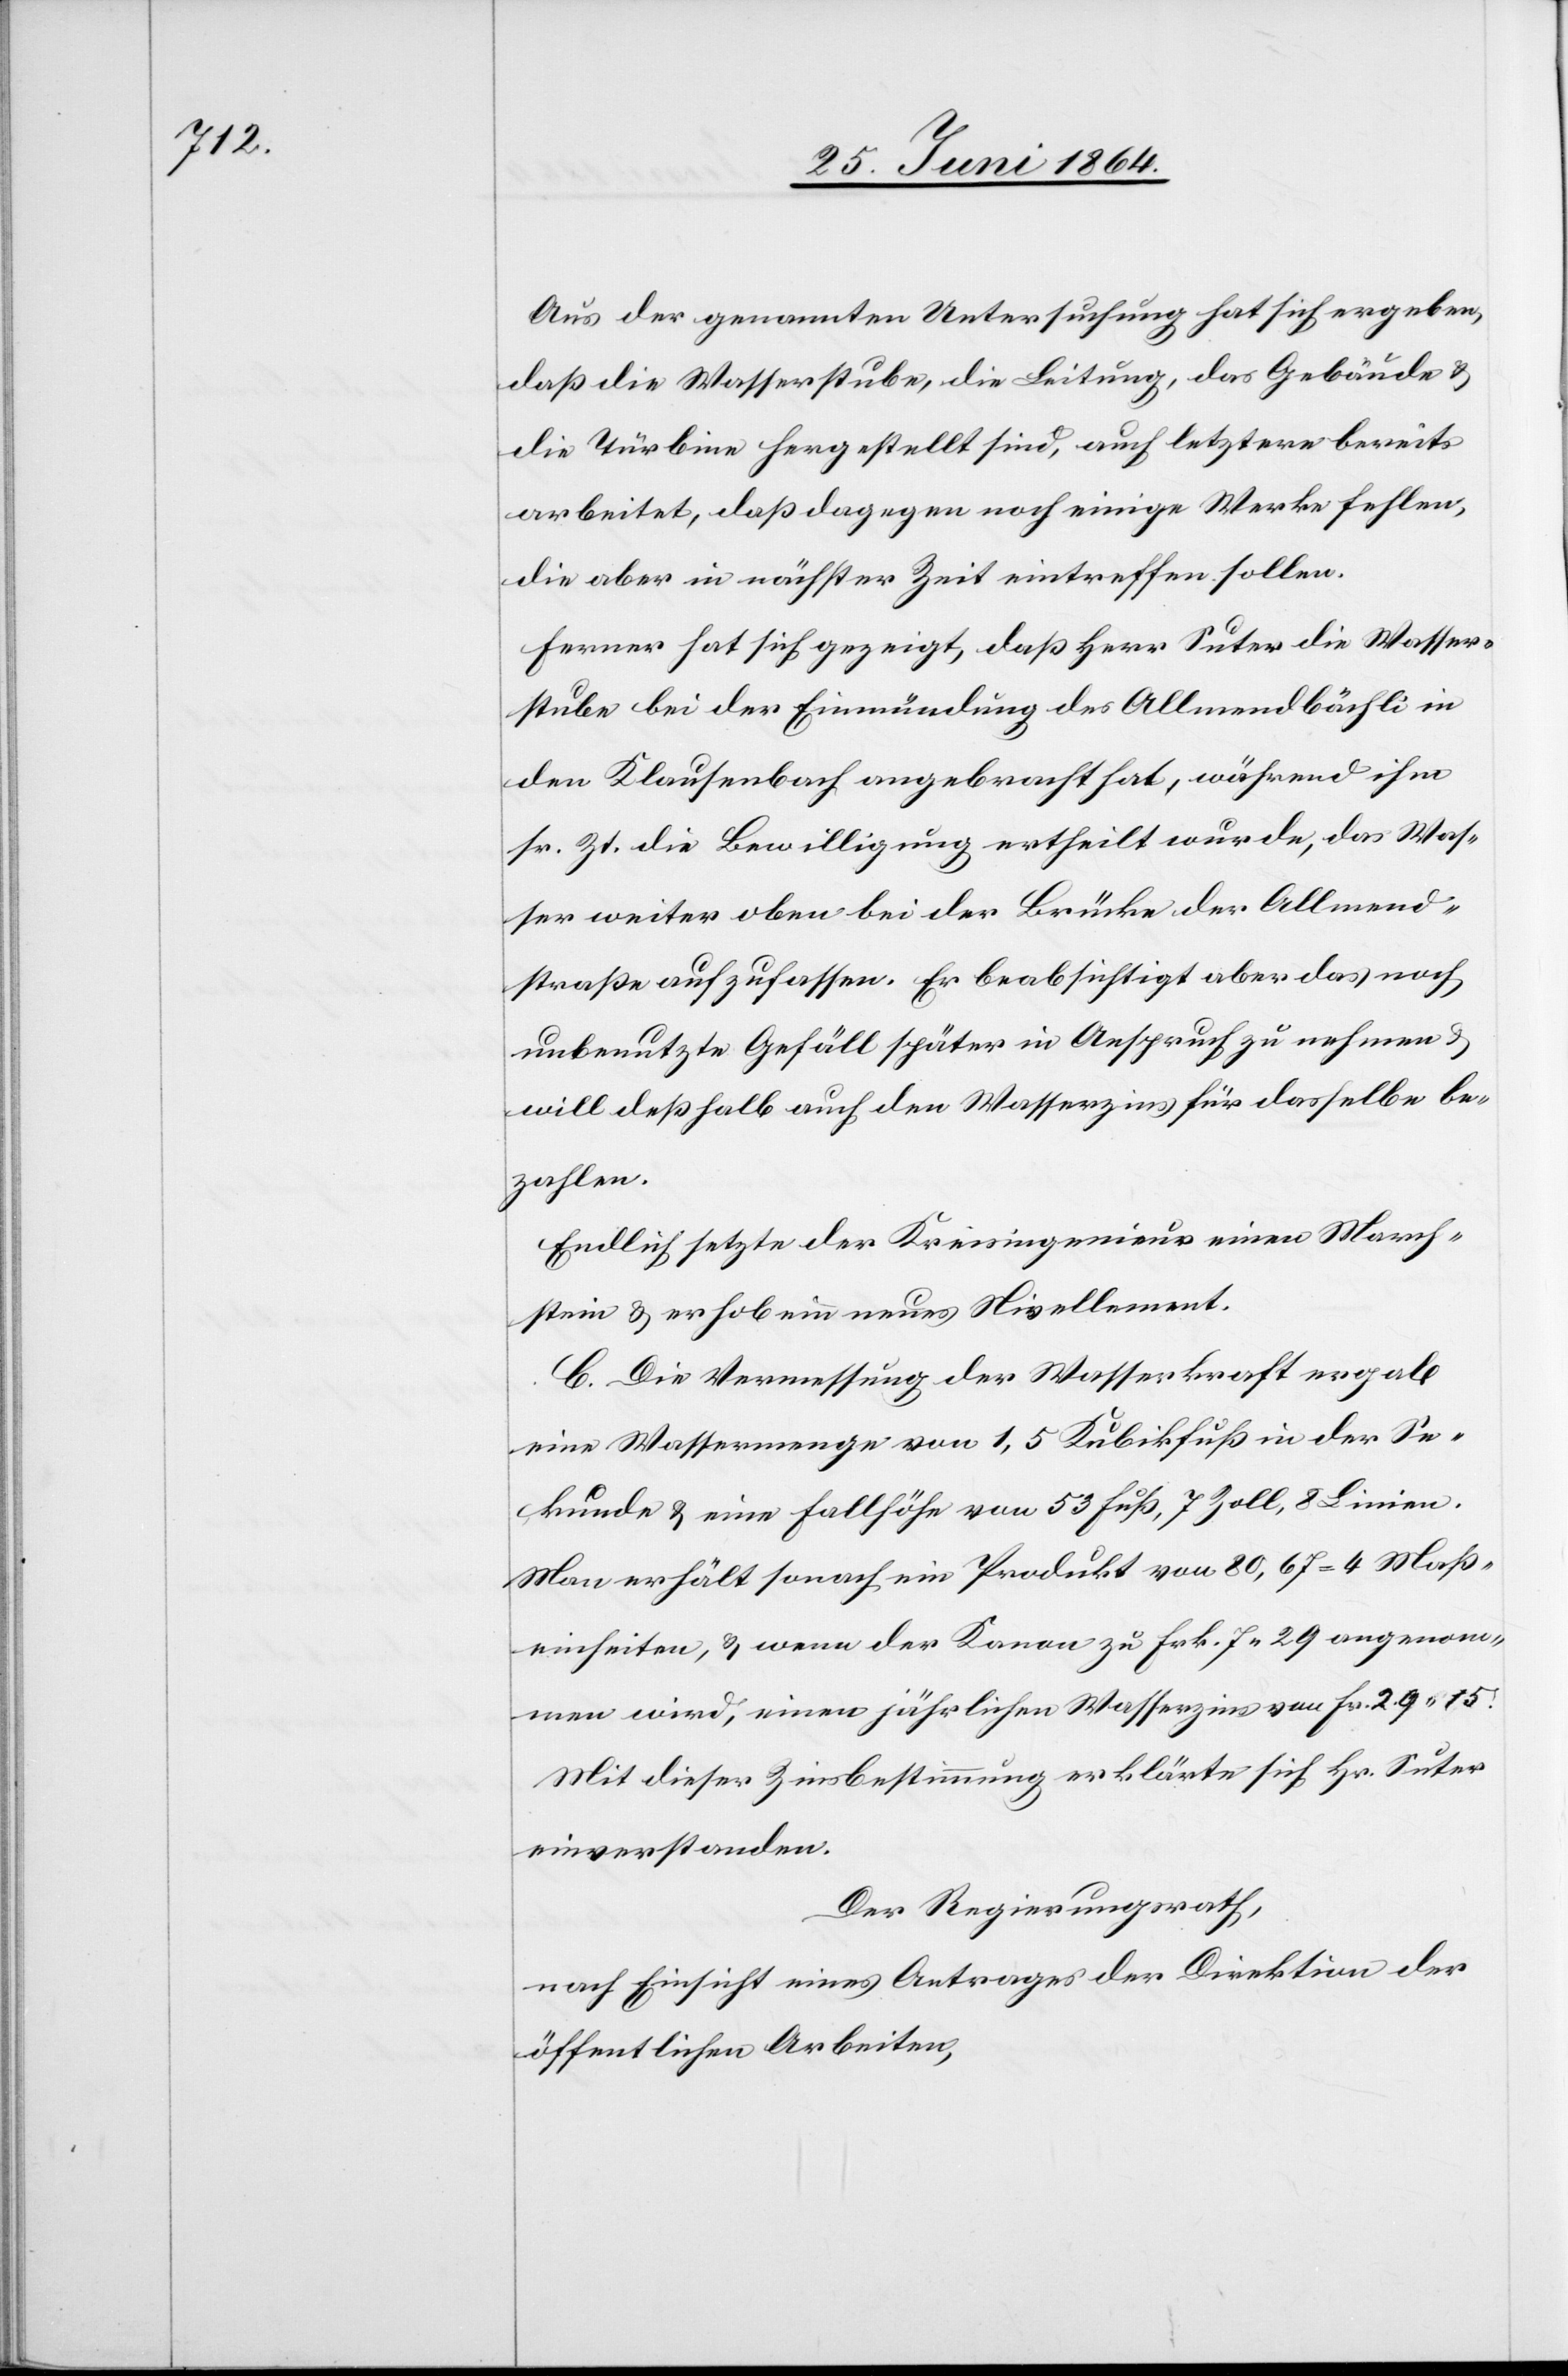
Aus der genannten Untersuchung hat sich ergeben,
daß die Wasserstube, die Leitung, das Gebäude u.
die Türbine hergestellt sind, auch letztere bereits
arbeitet, daß dagegen noch einige Werke fehlen,
die aber in nächster Zeit eintreffen sollen.
Ferner hat sich gezeigt, daß Herr Suter die Wasser¬
stube bei der Einmündung des Allmendbächli in
den Klausenbach angebracht hat, während ihm
sr. Zt. die Bewilligung ertheilt wurde, das Was¬
ser weiter oben bei der Brücke der Allmend¬
straße aufzufassen. Er beabsichtigt aber das noch
unbenutzte Gefäll später in Anspruch zu nehmen u.
will deßhalb auch den Wasserzins für dasselbe be¬
zahlen.
Endlich setzte der Kreisingenieur einen March¬
stein u. erhob ein neues Nivellement.
C. Die Vermessung der Wasserkraft ergab
eine Wassermenge von 1,5 Kubikfuß in der Se¬
kunde u. eine Fallhöhe von 53 Fuß, 7 Zoll, 8 Linien.
Man erhält sonach ein Produkt von 80,67 = 4 Maß¬
einheiten, u. wenn der Kanon zu Frk. 7 29 angenom¬
men wird, einen jährlichen Wasserzins von Fr. 29 15.
Mit dieser Zinsbestimmung erklärte sich Hr. Suter
einverstanden.
Der Regierungsrath,
nach Einsicht eines Antrages der Direktion der
öffentlichen Arbeiten,